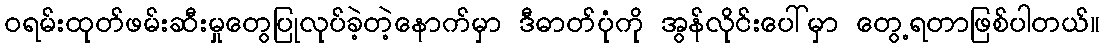
ဝရမ်းထုတ်ဖမ်းဆီးမှုတွေပြုလုပ်ခဲ့တဲ့နောက်မှာ ဒီဓာတ်ပုံကို အွန်လိုင်းပေါ်မှာ တွေ့ရတာဖြစ်ပါတယ်။